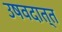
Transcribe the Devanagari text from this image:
उषवदात्त